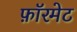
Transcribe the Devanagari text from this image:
फ़ॉरमेट